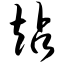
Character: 站